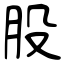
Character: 股